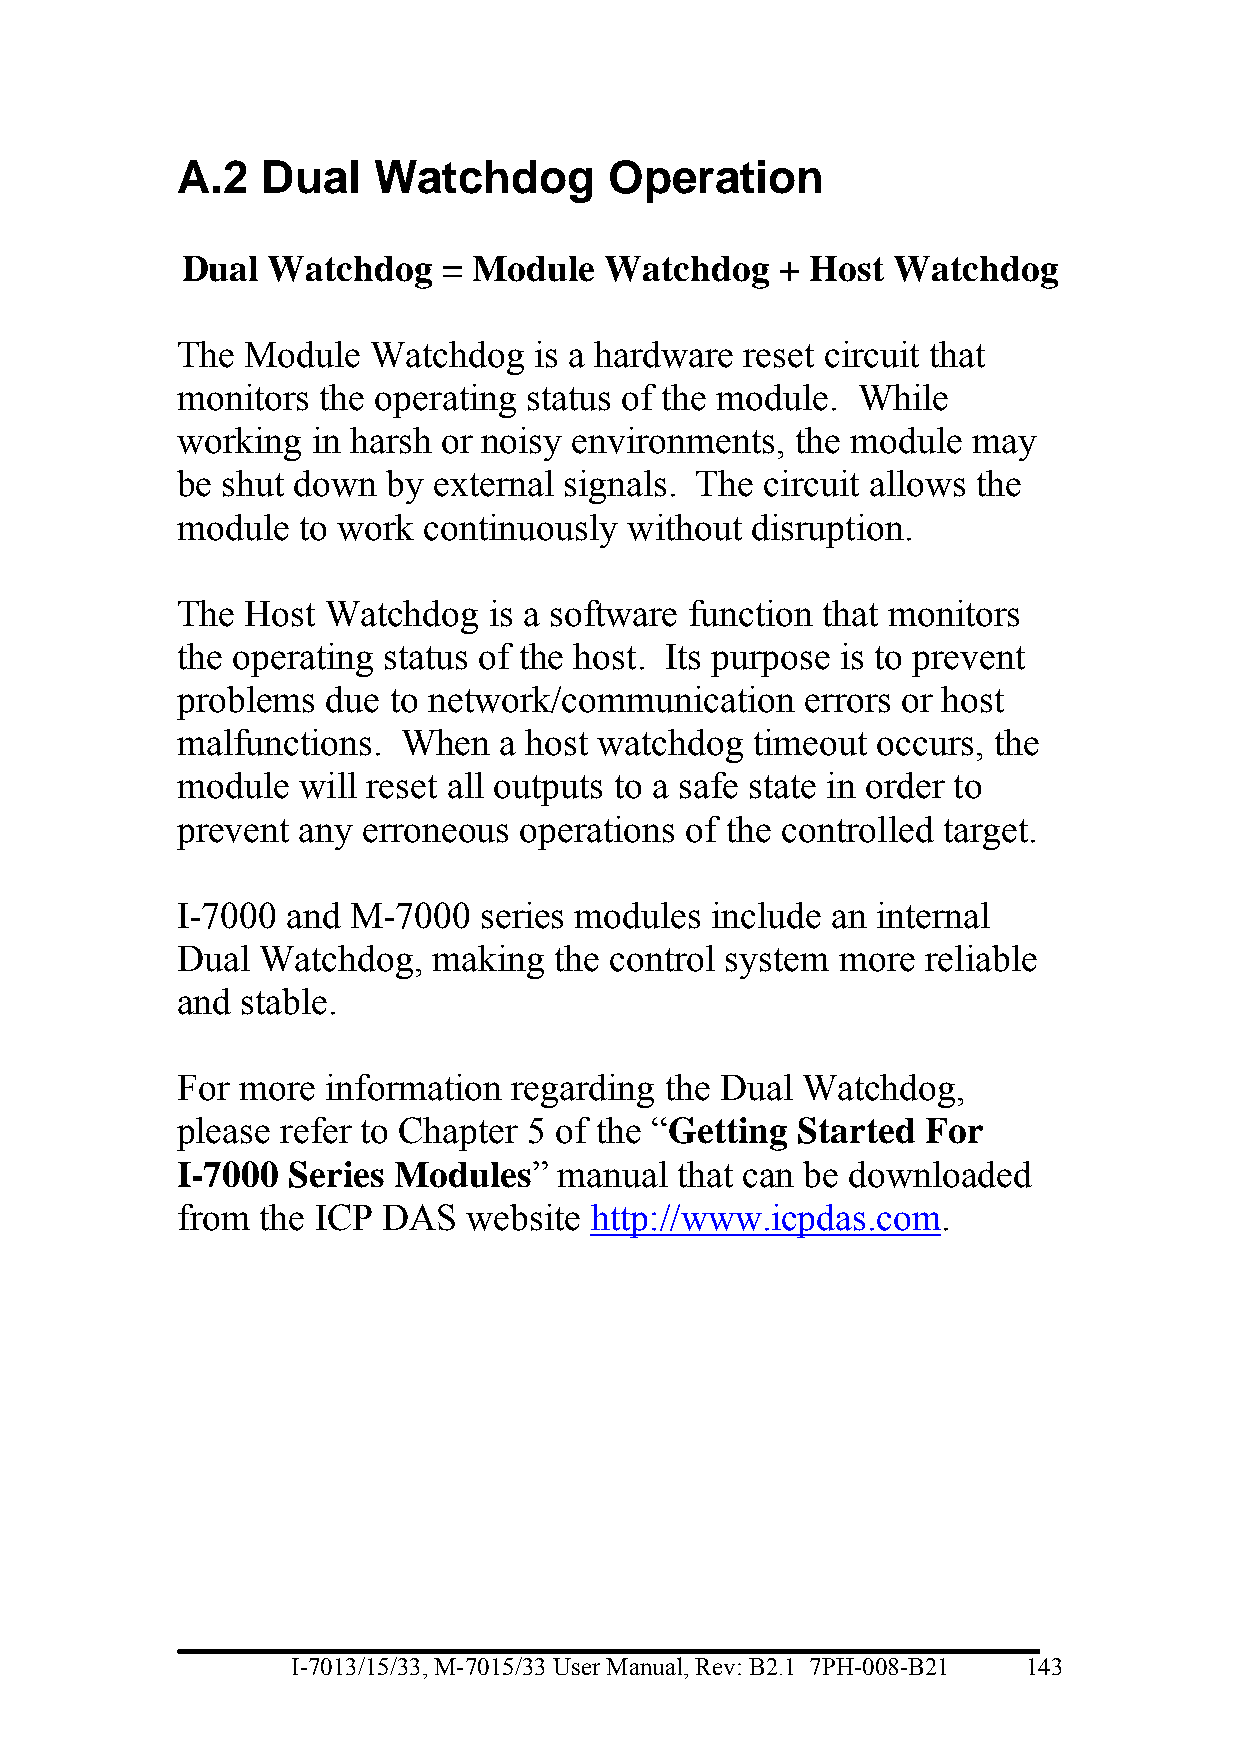
A.2  Dual    Watchdog       Operation
 Dual  Watchdog   = Module   Watchdog    + Host Watchdog
 The Module   Watchdog  is a hardware reset circuit that
 monitors the operating status of the module. While
 working  in harsh or noisy environments, the module may
 be shut down  by external signals. The circuit allows the
 module  to work continuously  without disruption.
 The Host  Watchdog  is a software function that monitors
 the operating status of the host. Its purpose is to prevent
 problems  due to network/communication   errors or host
 malfunctions.  When  a host watchdog  timeout occurs, the
 module  will reset all outputs to a safe state in order to
 prevent any erroneous operations of the controlled target.
 I-7000 and M-7000   series modules include an internal
 Dual Watchdog,   making  the control system more reliable
 and stable.
 For more  information regarding the Dual Watchdog,
 please refer to Chapter 5 of the “Getting Started For
 I-7000 Series Modules”   manual  that can be downloaded
 from the ICP DAS   website http://www.icpdas.com.
 I-7013/15/33, M-7015/33 User Manual, Rev: B2.1 7PH-008-B21 143